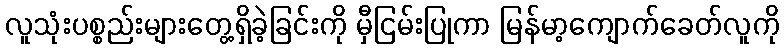
လူသုံးပစ္စည်းများတွေ့ရှိခဲ့ခြင်းကို မှီငြမ်းပြုကာ မြန်မာ့ကျောက်ခေတ်လူကို